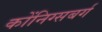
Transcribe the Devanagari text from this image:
कोंनिग्सबर्ग